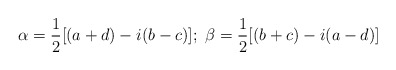
\begin{align*} \alpha=\frac{1}{2}[(a+d)-i(b-c)];\; \beta= \frac{1}{2}[(b+c)-i(a-d)]\end{align*}